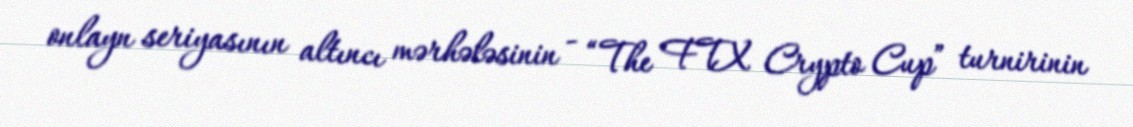
onlayn seriyasının altıncı mərhələsinin - “The FTX Crypto Cup” turnirinin